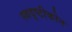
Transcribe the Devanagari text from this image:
स्वदृष्टीकोन